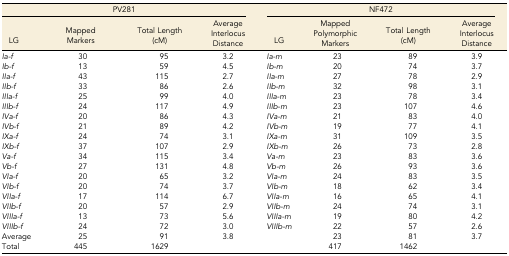
<table><thead><tr><td colspan="4"><b>PV281</b></td><td colspan="4"><b>NF472</b></td></tr><tr><td><b>LG</b></td><td><b>Mapped Markers</b></td><td><b>Total Length (cM)</b></td><td><b>Average Interlocus Distance</b></td><td><b>LG</b></td><td><b>Mapped Polymorphic Markers</b></td><td><b>Total Length (cM)</b></td><td><b>Average Interlocus Distance</b></td></tr></thead><tbody><tr><td><i>Ia-f</i></td><td>30</td><td>95</td><td>3.2</td><td><i>Ia-m</i></td><td>23</td><td>89</td><td>3.9</td></tr><tr><td><i>Ib-f</i></td><td>13</td><td>59</td><td>4.5</td><td><i>Ib-m</i></td><td>20</td><td>74</td><td>3.7</td></tr><tr><td><i>IIa-f</i></td><td>43</td><td>115</td><td>2.7</td><td><i>IIa-m</i></td><td>27</td><td>78</td><td>2.9</td></tr><tr><td><i>IIb-f</i></td><td>33</td><td>86</td><td>2.6</td><td><i>IIb-m</i></td><td>32</td><td>98</td><td>3.1</td></tr><tr><td><i>IIIa-f</i></td><td>25</td><td>99</td><td>4.0</td><td><i>IIIa-m</i></td><td>23</td><td>78</td><td>3.4</td></tr><tr><td><i>IIIb-f</i></td><td>24</td><td>117</td><td>4.9</td><td><i>IIIb-m</i></td><td>23</td><td>107</td><td>4.6</td></tr><tr><td><i>IVa-f</i></td><td>20</td><td>86</td><td>4.3</td><td><i>IVa-m</i></td><td>21</td><td>83</td><td>4.0</td></tr><tr><td><i>IVb-f</i></td><td>21</td><td>89</td><td>4.2</td><td><i>IVb-m</i></td><td>19</td><td>77</td><td>4.1</td></tr><tr><td><i>IXa-f</i></td><td>24</td><td>74</td><td>3.1</td><td><i>IXa-m</i></td><td>31</td><td>109</td><td>3.5</td></tr><tr><td><i>IXb-f</i></td><td>37</td><td>107</td><td>2.9</td><td><i>IXb-m</i></td><td>26</td><td>73</td><td>2.8</td></tr><tr><td><i>Va-f</i></td><td>34</td><td>115</td><td>3.4</td><td><i>Va-m</i></td><td>23</td><td>83</td><td>3.6</td></tr><tr><td><i>Vb-f</i></td><td>27</td><td>131</td><td>4.8</td><td><i>Vb-m</i></td><td>26</td><td>93</td><td>3.6</td></tr><tr><td><i>VIa-f</i></td><td>20</td><td>65</td><td>3.2</td><td><i>VIa-m</i></td><td>24</td><td>83</td><td>3.5</td></tr><tr><td><i>VIb-f</i></td><td>20</td><td>74</td><td>3.7</td><td><i>VIb-m</i></td><td>18</td><td>62</td><td>3.4</td></tr><tr><td><i>VIIa-f</i></td><td>17</td><td>114</td><td>6.7</td><td><i>VIIa-m</i></td><td>16</td><td>65</td><td>4.1</td></tr><tr><td><i>VIIb-f</i></td><td>20</td><td>57</td><td>2.9</td><td><i>VIIb-m</i></td><td>24</td><td>74</td><td>3.1</td></tr><tr><td><i>VIIIa-f</i></td><td>13</td><td>73</td><td>5.6</td><td><i>VIIIa-m</i></td><td>19</td><td>80</td><td>4.2</td></tr><tr><td><i>VIIIb-f</i></td><td>24</td><td>72</td><td>3.0</td><td><i>VIIIb-m</i></td><td>22</td><td>57</td><td>2.6</td></tr><tr><td>Average</td><td>25</td><td>91</td><td>3.8</td><td></td><td>23</td><td>81</td><td>3.7</td></tr><tr><td>Total</td><td>445</td><td>1629</td><td></td><td></td><td>417</td><td>1462</td><td></td></tr></tbody></table>